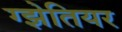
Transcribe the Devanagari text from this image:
ग्झेतियर